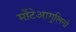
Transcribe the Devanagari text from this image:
मोंटेआगुलिनो